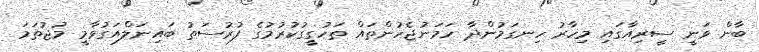
ބާން ވަނީ ސީރިއާގައި މިހާރު ހިނގަމުންދާ ހަމަނުޖެހުންތައް ތަހުގީގުކުރުމުގެ ފުރުސަތު ބައިނަލްއަގުވާމީ މުޖުތަމަ